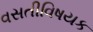
વસતીવિષયક